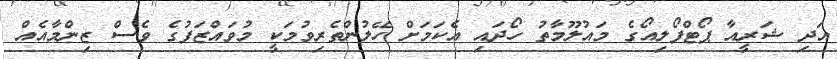
އަދި ޝަރީއާ ޕޯޓްފޯލިއޯގެ މައުލޫމާތު ހޯދައި އެކަމަށް ހޭލުންތެރިވުމަކީ މުވައްޒަފުގެ ވެސް ޒިންމާއެއް